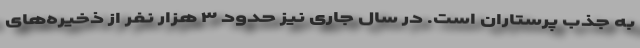
به جذب پرستاران است. در سال جاری نیز حدود ۳ هزار نفر از ذخیره‌های